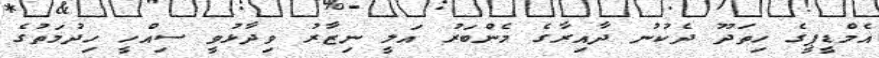
އެމްޑީޕީގެ ހިތަދޫ ދެކުނު ދާއިރާގެ މެންބަރު އަލީ ނިޒާރު ވިދާޅުވީ ސިއްހީ ހިދުމަތުގެ